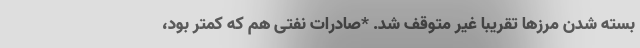
بسته شدن مرز‌ها تقریبا غیر متوقف شد. *صادرات نفتی هم که کمتر بود،